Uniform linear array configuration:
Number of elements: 48
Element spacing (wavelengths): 1
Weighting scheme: hann
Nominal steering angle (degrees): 0
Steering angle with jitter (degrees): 0.7689
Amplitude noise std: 0.05
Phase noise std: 0.05

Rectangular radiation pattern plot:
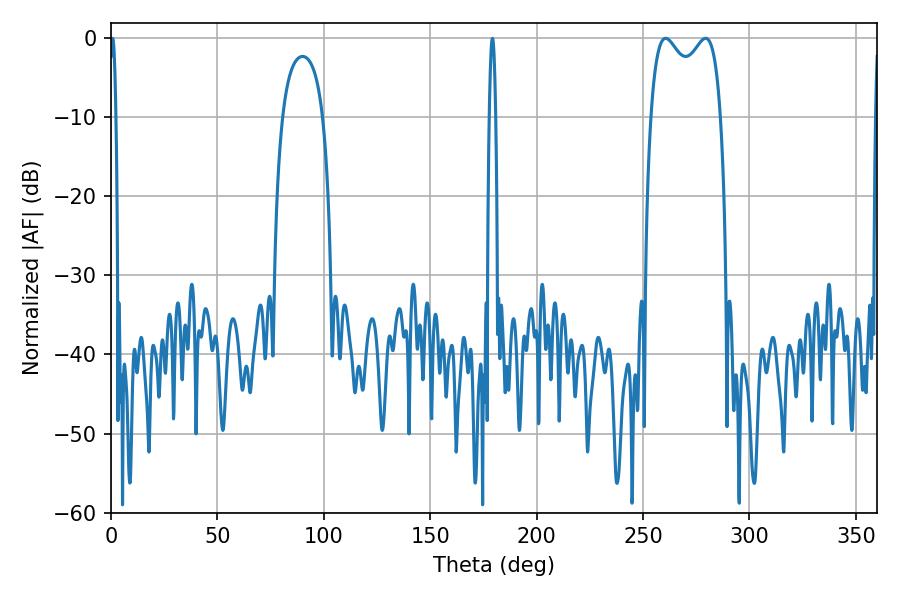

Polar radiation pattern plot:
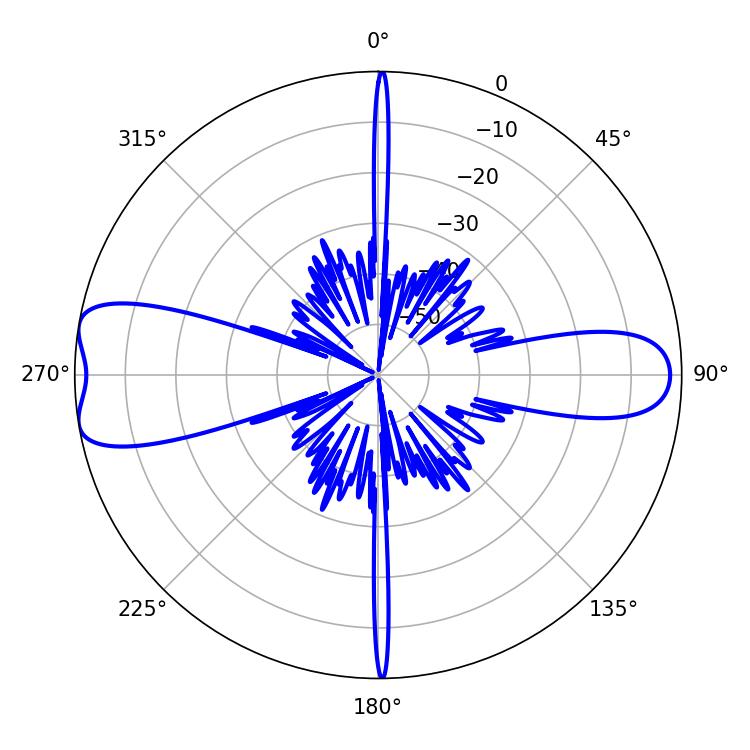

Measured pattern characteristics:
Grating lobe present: TRUE
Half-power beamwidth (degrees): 27.36
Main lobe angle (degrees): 260.64